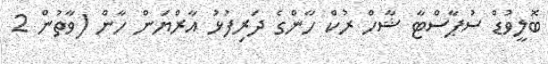
ބޮލީވުޑް ސުޕާސްޓާ ޝާހް ރުކް ހާންގެ ދަރިފުޅު އާރްޔަން ހާން (ވާތުން 2